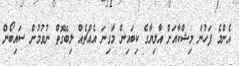
އެންމެ ފަހުން މިޝްކާއަށް އާލިޔާގެ ކިބައިން މާގިނަ އެއްޗެއް ލިބޭގޮތް ނުވުމުން ސައިބޯން